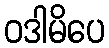
ဝဒါမိပေ